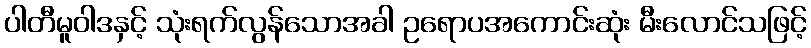
ပါတီမူဝါဒနှင့် သုံးရက်လွန်သောအခါ ဥရောပအကောင်းဆုံး မီးလောင်သဖြင့်